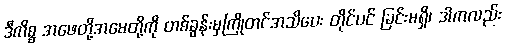
ဒီကိစ္စ အဖေတို့အမေတို့ကို တစ်ခွန်းမှကြိုတင်အသိပေး တိုင်ပင် ခြင်းမရှိ၊ ဒါကလည်း